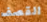
القصف